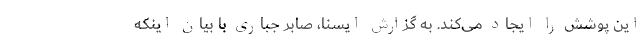
این پوشش را ایجاد می‌کند. به گزارش ایسنا، صابر جباری با بیان اینکه